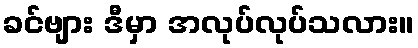
ခင်ဗျား ဒီမှာ အလုပ်လုပ်သလား။